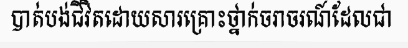
បាត់បង់ជីវិតដោយសារគ្រោះថ្នាក់ចរាចរណ៍ដែលជា